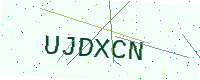
Text: UJDXCN